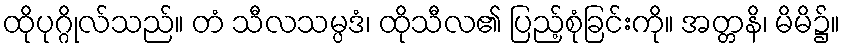
ထိုပုဂ္ဂိုလ်သည်။ တံ သီလသမ္ပဒံ၊ ထိုသီလ၏ ပြည့်စုံခြင်းကို။ အတ္တနိ၊ မိမိ၌။